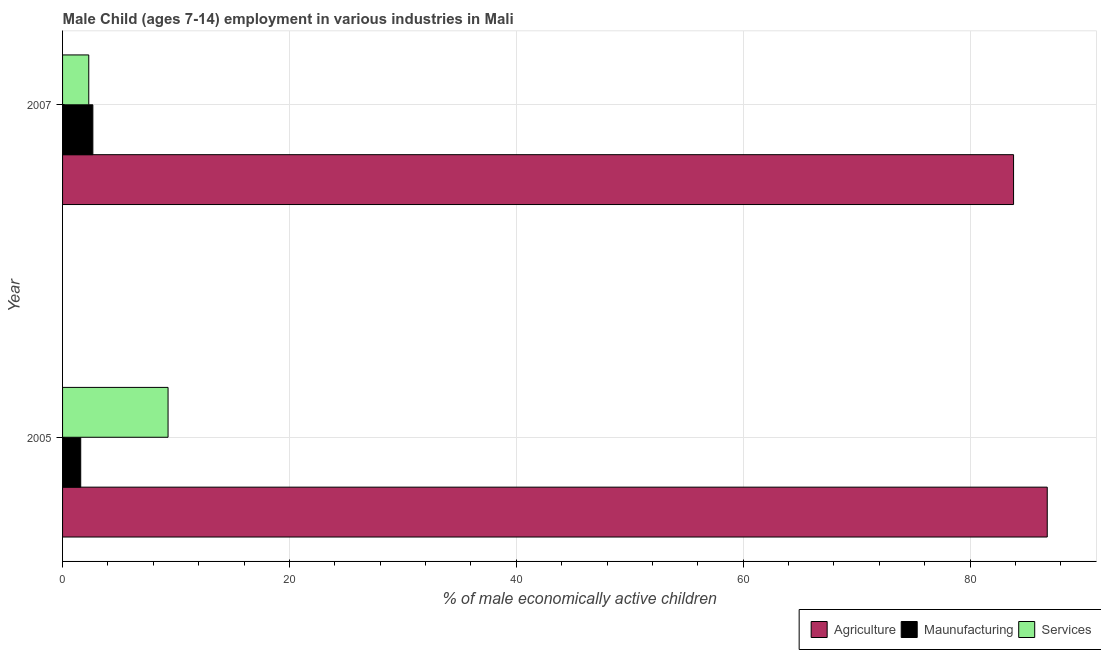
| Year | Agriculture | Maunufacturing | Services |
 | --- | --- | --- | --- |
 | 2005 | 86.8 | 1.6 | 9.3 |
 | 2007 | 83.8 | 2.67 | 2.31 |